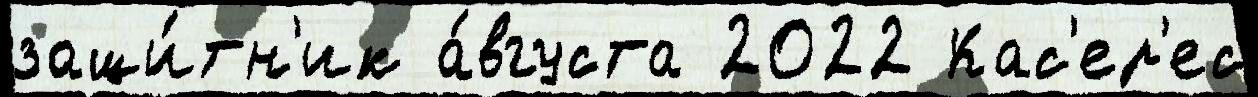
защи́тн'ик а́вгуста 2022 Кас'ер'ес